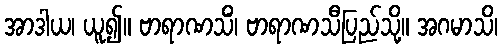
အာဒါယ၊ ယူ၍။ ဗာရာဏသိံ၊ ဗာရာဏသီပြည်သို့။ အဂမာသိ၊